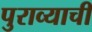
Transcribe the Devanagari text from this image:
पुराव्याची